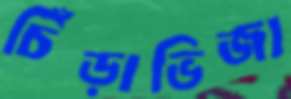
চিঁড়াভিজা